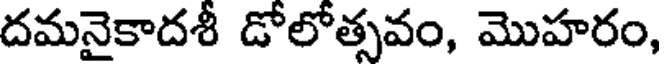
దమనైకాదశీ డోలోత్సవం, మొహరం,